Leaving Certificate Examination (including Day School Certificate (Higher) General paper), 1939
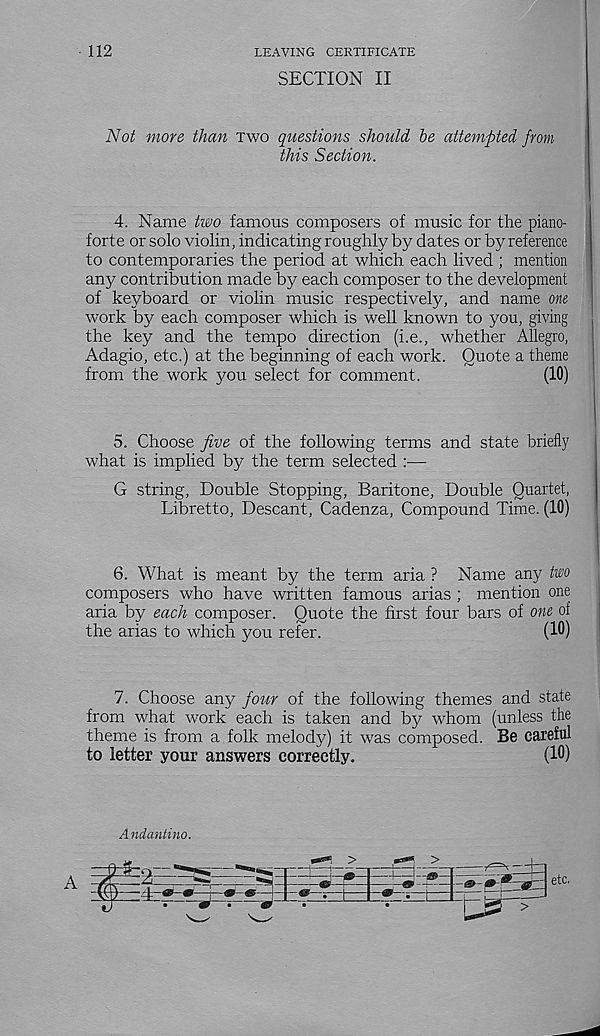
112
LEAVING CERTIFICATE
SECTION II
Not more than two questions should he attempted from
this Section.
4. Name two famous composers of music for the piano-
forte or solo violin, indicating roughly by dates or by reference
to contemporaries the period at which each lived ; mention
any contribution made by each composer to the development
of keyboard or violin music respectively, and name one
work by each composer which is well known to you, giving
the key and the tempo direction (i.e., whether Allegro,
Adagio, etc.) at the beginning of each work. Quote a theme
from the work you select for comment.
(10)
5. Choose five of the following terms and state briefly
what is implied by the term selected —
G string, Double Stopping, Baritone, Double Quartet,
Libretto, Descant, Cadenza, Compound Time. (10)
6. What is meant by the term aria ? Name any two
composers who have written famous arias ; mention one
aria by each composer. Quote the first four bars of one of
the arias to which you refer.
(10)
7. Choose any four of the following themes and state
from what work each is taken and by whom (unless the
theme is from a folk melody) it was composed. Be careful
to letter your answers correctly.
(10)
Andantino.